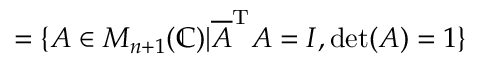
= \{ A \in M _ { n + 1 } ( \mathbb { C } ) | { \overline { { A } } } ^ { \mathrm { T } } A = I , \det ( A ) = 1 \}